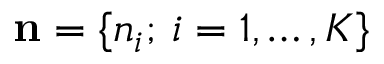
{ { \bf n } = \{ n _ { i } ; \, i = 1 , \dots , K \} }